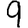
Digit: 9